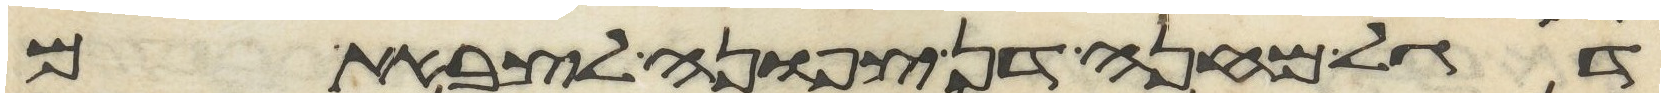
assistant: דגל מחנה דן צפונה לצבאתם